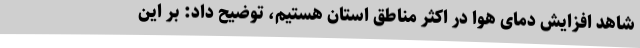
شاهد افزایش دمای هوا در اکثر مناطق استان هستیم، توضیح داد: بر این